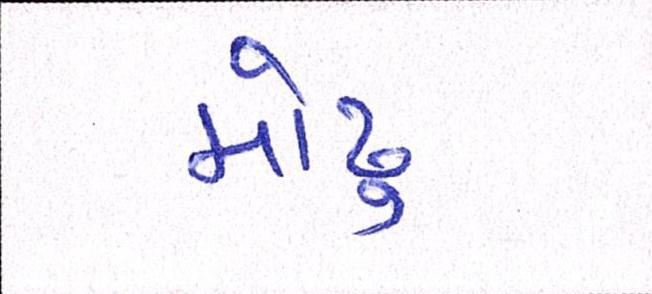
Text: મોઢુ